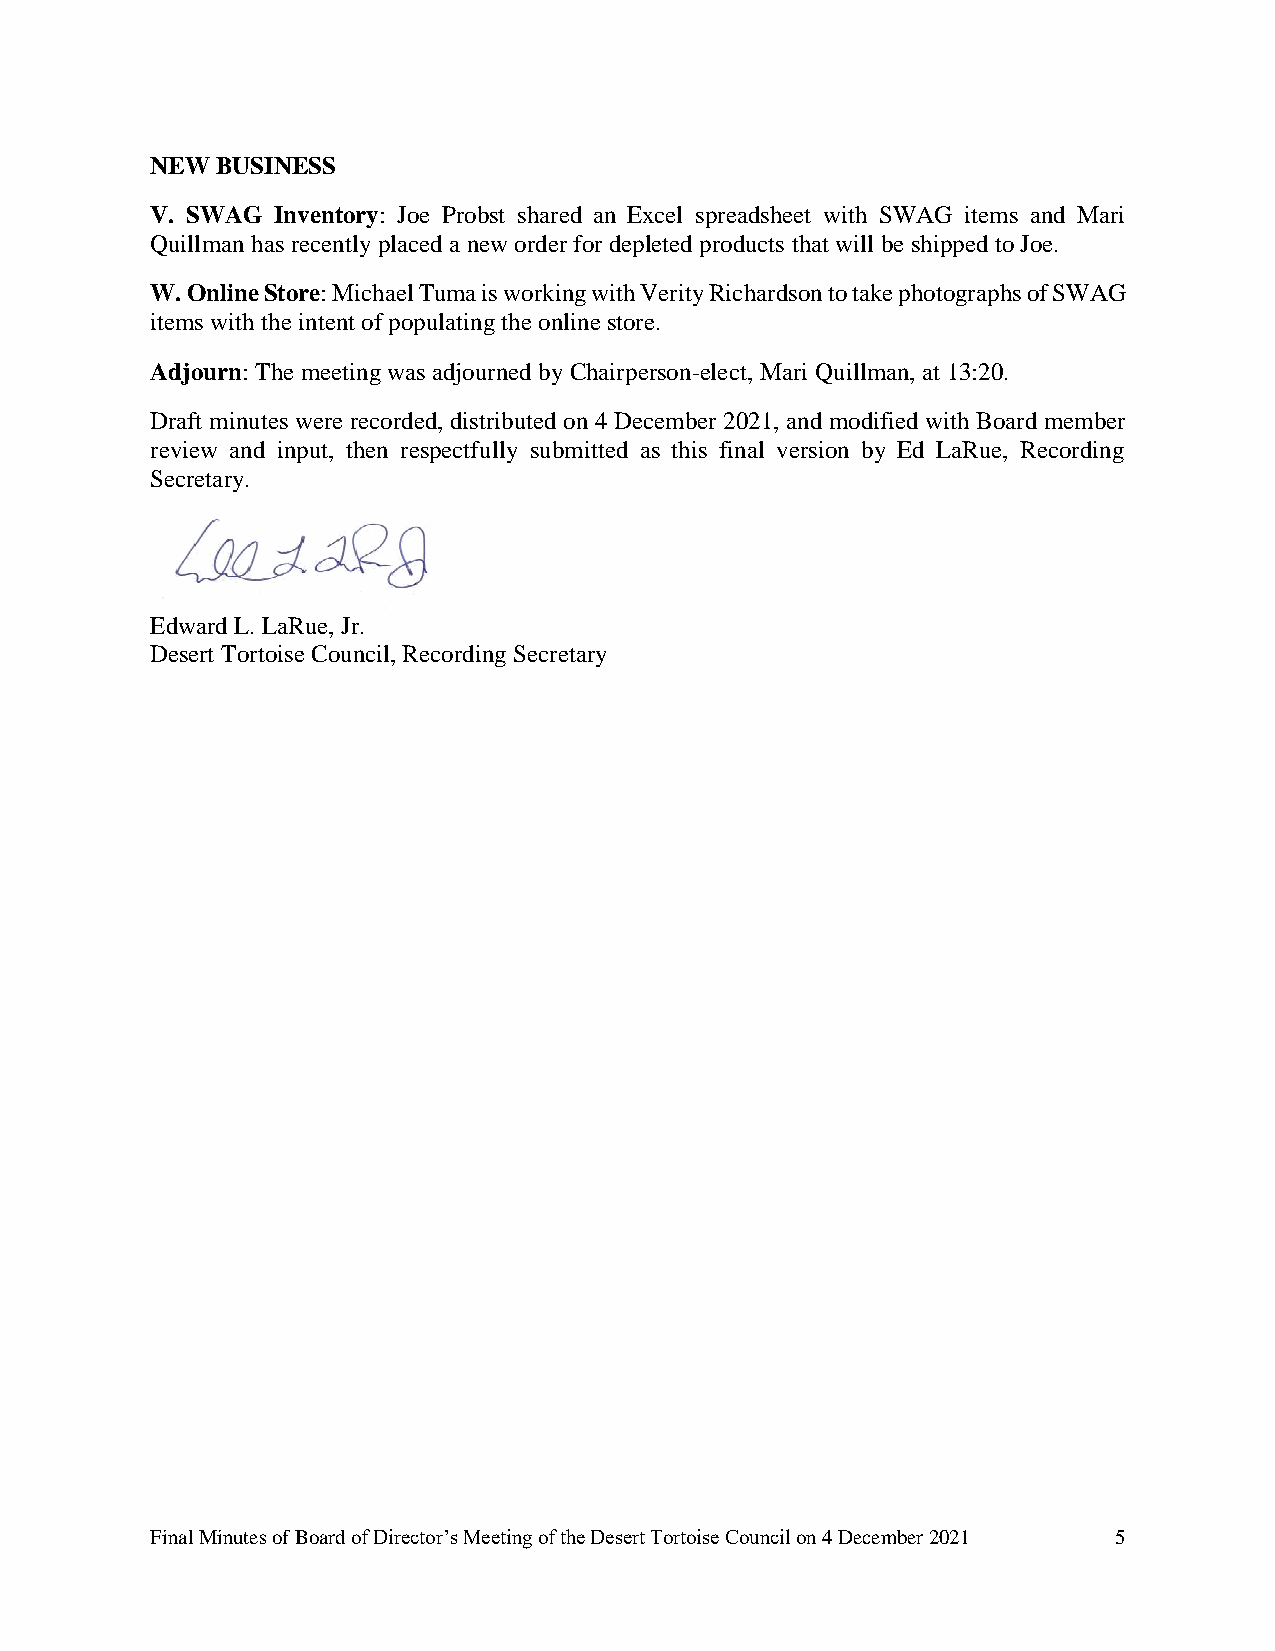
NEW BUSINESS
 V. SWAG Inventory: Joe Probst shared an Excel spreadsheet with SWAG items and Mari
 Quillman has recently placed a new order for depleted products that will be shipped to Joe.
 W. Online Store: Michael Tuma is working with Verity Richardson to take photographs of SWAG
 items with the intent of populating the online store.
 Adjourn: The meeting was adjourned by Chairperson-elect, Mari Quillman, at 13:20.
 Draft minutes were recorded, distributed on 4 December 2021, and modified with Board member
 review and input, then respectfully submitted as this final version by Ed LaRue, Recording
 Secretary.
 Edward L. LaRue, Jr.
 Desert Tortoise Council, Recording Secretary
 Final Minutes of Board of Director’s Meeting of the Desert Tortoise Council on 4 December 2021 5